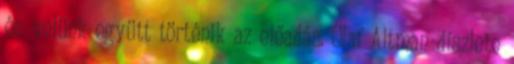
és velünk együtt történik az előadás. Olaf Altman díszlete